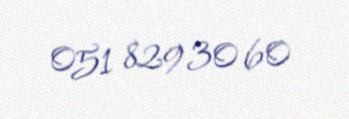
051 829 30 60